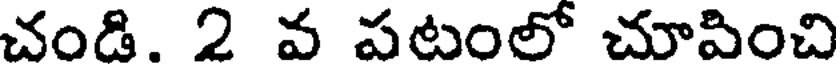
చండి. 2 వ పటంలో చూపించి